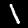
Digit: 1